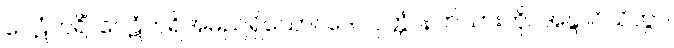
ဝေဋံဘရိံ၊ ဝေဋံဘရိအမည်ရှိသော။ ဒေဝပုတ္တံ၊ နတ်သားကို။ အနွာဝိသိတွာ၊